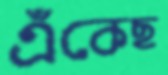
এঁকেছ